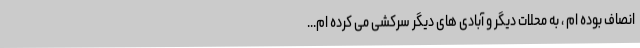
انصاف بوده ام ، به محلات دیگر و آبادی های دیگر سرکشی می کرده ام...